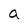
Character: a